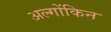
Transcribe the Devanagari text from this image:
अल्गोंकिन